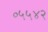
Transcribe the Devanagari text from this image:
०५५४२